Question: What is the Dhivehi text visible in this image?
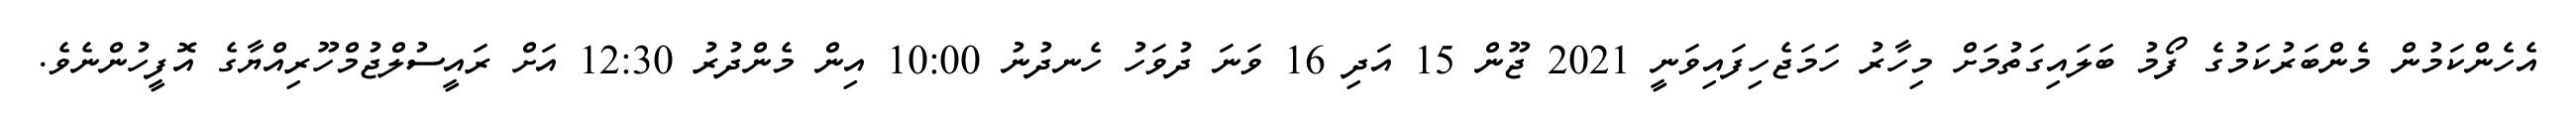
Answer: އެހެންކަމުން މެންބަރުކަމުގެ ފޯމު ބަލައިގަތުމަށް މިހާރު ހަމަޖެހިފައިވަނީ 2021 ޖޫން 15 އަދި 16 ވަނަ ދުވަހު ހެނދުނު 10:00 އިން މެންދުރު 12:30 އަށް ރައީސުލްޖުމްހޫރިއްޔާގެ އޮފީހުންނެވެ.